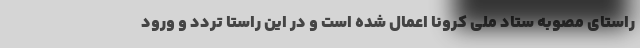
راستای مصوبه ستاد ملی کرونا اعمال شده است و در این راستا تردد و ورود